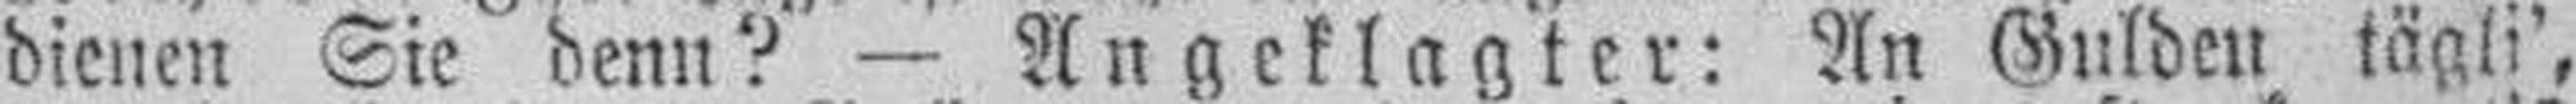
dienen Sie denn? — Angeklagter: An Gulden tägli',